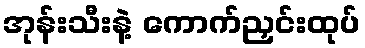
အုန်းသီးနဲ့ ကောက်ညှင်းထုပ်